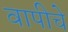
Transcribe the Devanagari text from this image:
वापीचे